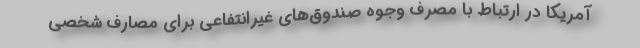
آمریکا در ارتباط با مصرف وجوه صندوق‌های غیرانتفاعی برای مصارف شخصی